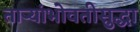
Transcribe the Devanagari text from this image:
ताऱ्यांभोवतीसुद्धा